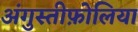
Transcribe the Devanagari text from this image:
अंगुस्तीफ़ोलिया